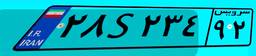
۲۵S۱۸۰۰۶